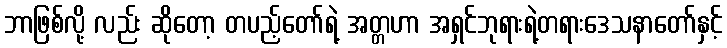
ဘာဖြစ်လို့ လည်း ဆိုတော့ တပည့်တော်ရဲ့ အတ္တဟာ အရှင်ဘုရားရဲ့တရားဒေသနာတော်နှင့်